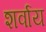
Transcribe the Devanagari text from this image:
शर्वाय